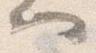
へ